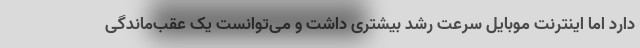
دارد اما اینترنت موبایل سرعت رشد بیشتری داشت و می‌توانست یک عقب‌ماندگی